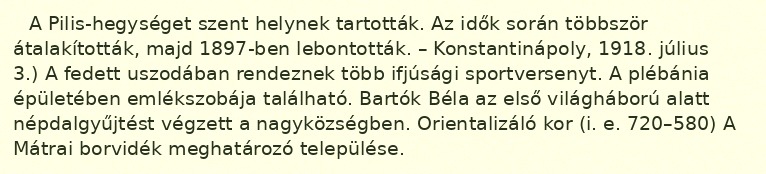
A Pilis-hegységet szent helynek tartották. Az idők során többször átalakították, majd 1897-ben lebontották. – Konstantinápoly, 1918. július 3.) A fedett uszodában rendeznek több ifjúsági sportversenyt. A plébánia épületében emlékszobája található. Bartók Béla az első világháború alatt népdalgyűjtést végzett a nagyközségben. Orientalizáló kor (i. e. 720–580) A Mátrai borvidék meghatározó települése.